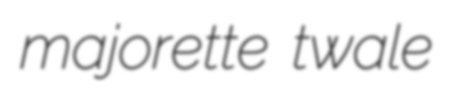
majorette twale